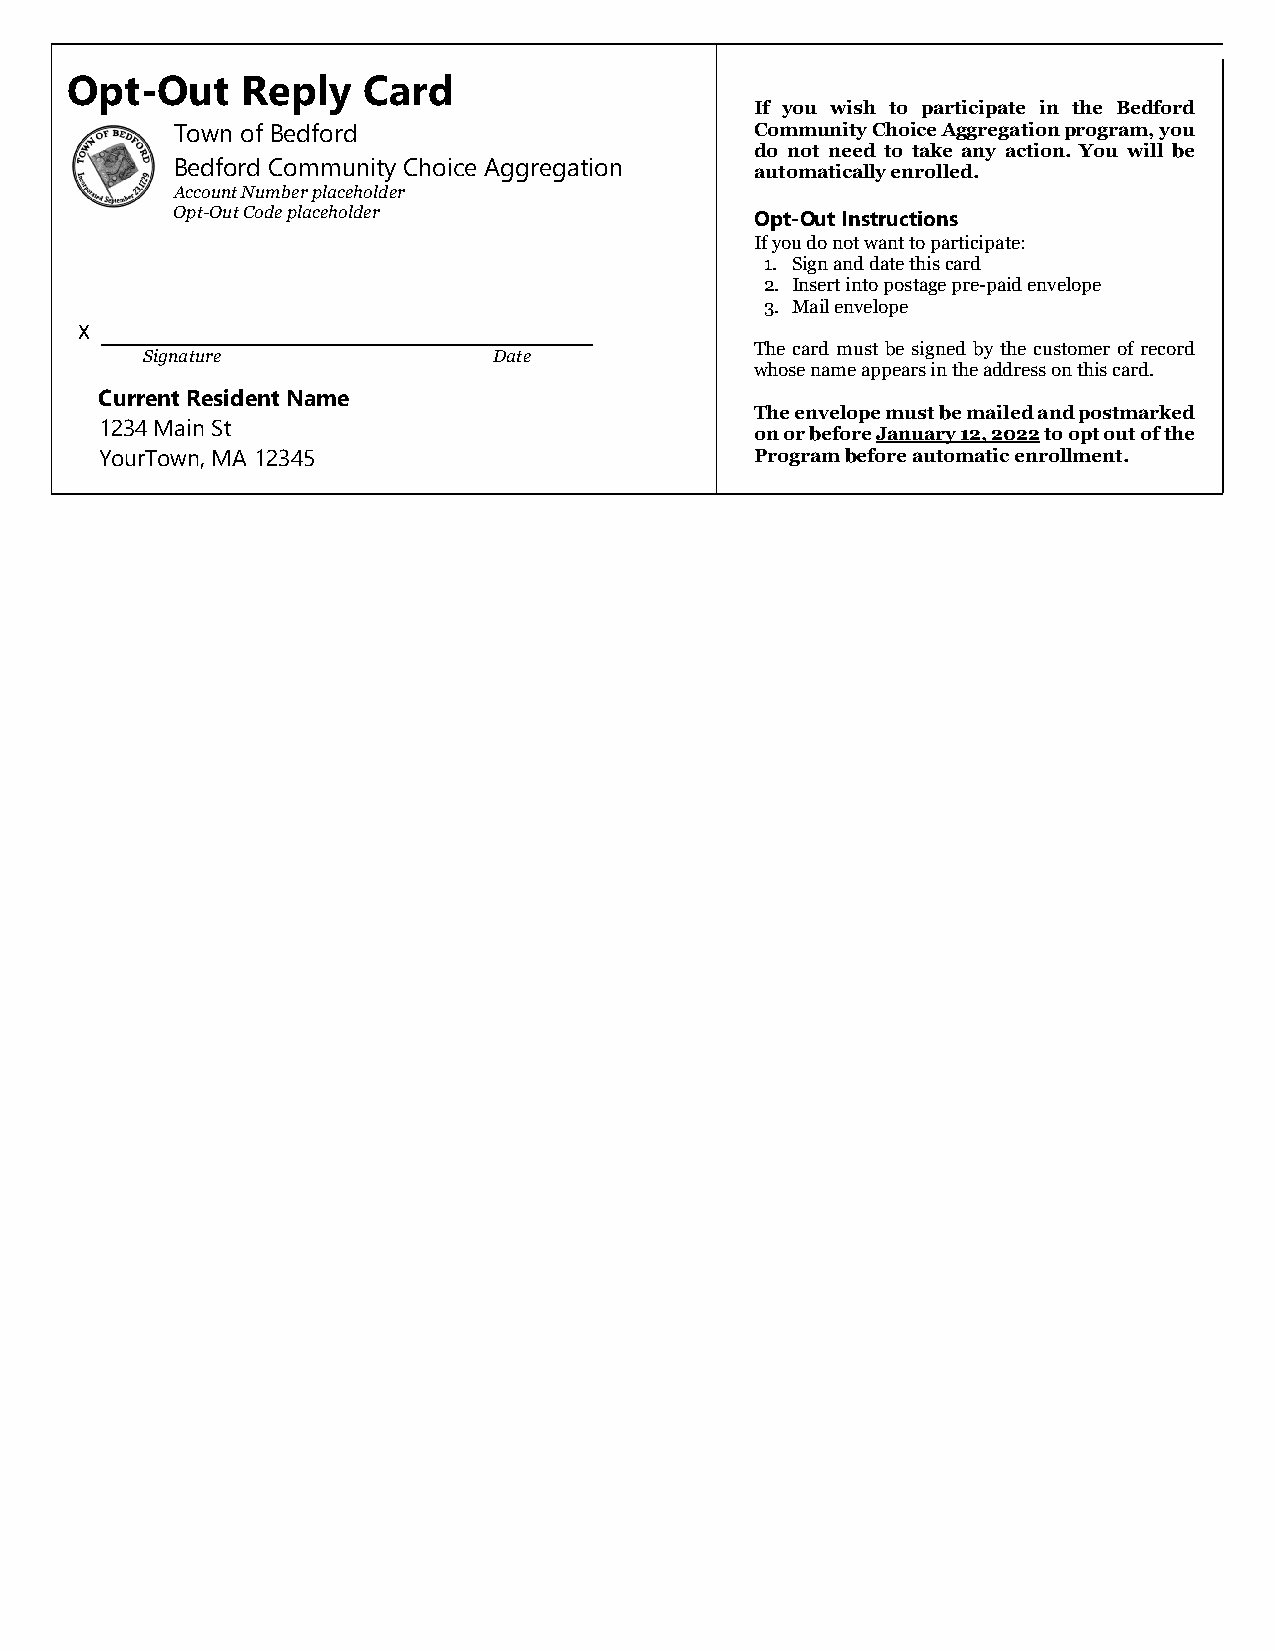
Opt-Out     Reply   Card
 If you wish to participate in the Bedford
 Town of Bedford                        Community Choice Aggregation program, you
 do not need to take any action. You will be
 Bedford Community Choice Aggregation
 automatically enrolled.
 Account Number placeholder
 Opt-Out Code placeholder
 Opt-Out Instructions
 If you do not want to participate:
 1. Sign and date this card
 2. Insert into postage pre-paid envelope
 3. Mail envelope
 X
 The card must be signed by the customer of record
 Signature               Date
 whose name appears in the address on this card.
 Current Resident Name
 The envelope must be mailed and postmarked
 1234 Main St
 on or before January 12, 2022 to opt out of the
 YourTown, MA 12345                         Program before automatic enrollment.